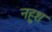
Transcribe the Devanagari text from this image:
नहुश